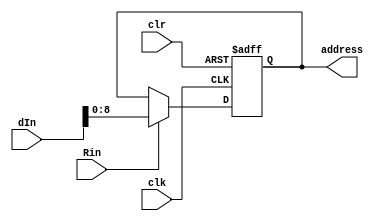
// This program was cloned from: https://github.com/martinmaly21/ELEC374
// License: MIT License

module MAR (
	input wire clk, 
	input wire clr,
	input wire [31:0] dIn,
	input wire Rin,
	output reg [8:0] address
);
	always@(posedge clk or negedge clr)
		begin
			if(clr == 0)
				address <= 0;
			else if(Rin)
				address <= dIn[8:0];
		end		
endmodule